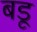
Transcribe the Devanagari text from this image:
बडू